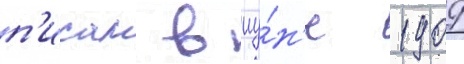
п'исал в иу́н'е 1909